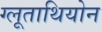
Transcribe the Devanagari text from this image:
ग्लूताथियोन